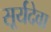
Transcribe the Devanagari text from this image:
सूर्यदेवा